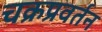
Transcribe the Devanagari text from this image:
चक्रप्रवर्तन